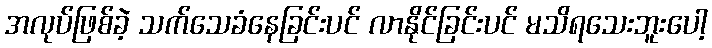
အလုပ်ဖြစ်ခဲ့ သက်သေခံနေခြင်းပင် လာနိုင်ခြင်းပင် မသိရသေးဘူးပေါ့